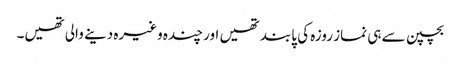
بچپن سے ہی نماز روزہ کی پابند تھیں اور چندہ وغیرہ دینے والی تھیں۔